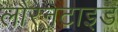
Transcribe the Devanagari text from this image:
लौरेनटाइड